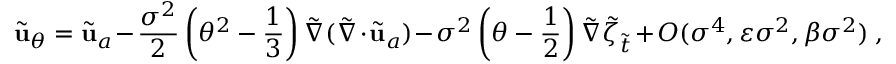
\tilde { \mathbf { u } } _ { \theta } = \tilde { \mathbf { u } } _ { a } - \frac { \sigma ^ { 2 } } { 2 } \left( \theta ^ { 2 } - \frac { 1 } { 3 } \right) \tilde { \nabla } ( \tilde { \nabla } \cdot \tilde { \mathbf { u } } _ { a } ) - \sigma ^ { 2 } \left( \theta - \frac { 1 } { 2 } \right) \tilde { \nabla } \tilde { \zeta } _ { \tilde { t } } + O ( \sigma ^ { 4 } , \varepsilon \sigma ^ { 2 } , \beta \sigma ^ { 2 } ) \ ,